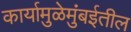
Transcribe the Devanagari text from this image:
कार्यामुळेमुंबईतील